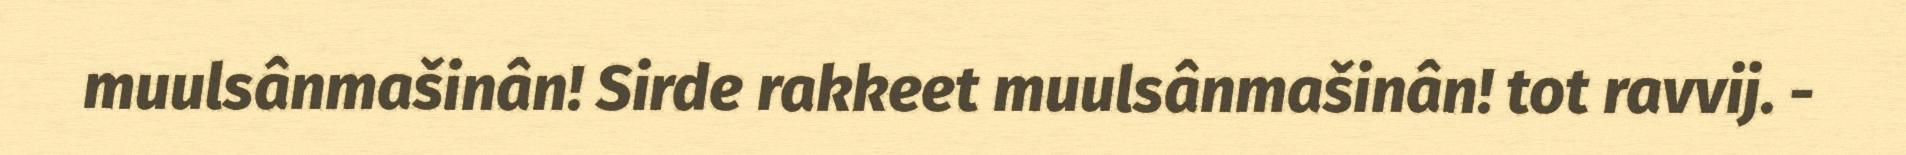
muulsânmašinân! Sirde rakkeet muulsânmašinân! tot ravvij. -